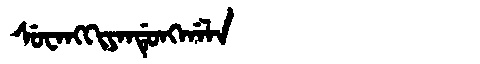
Manchu: ᠰᡠᠸᠠᠩᡴᡳᠶᠠᠨᡩᡠᠩᡤᠠᠯᠠ
Romanization: SUWANGKIYANDUNGGALA